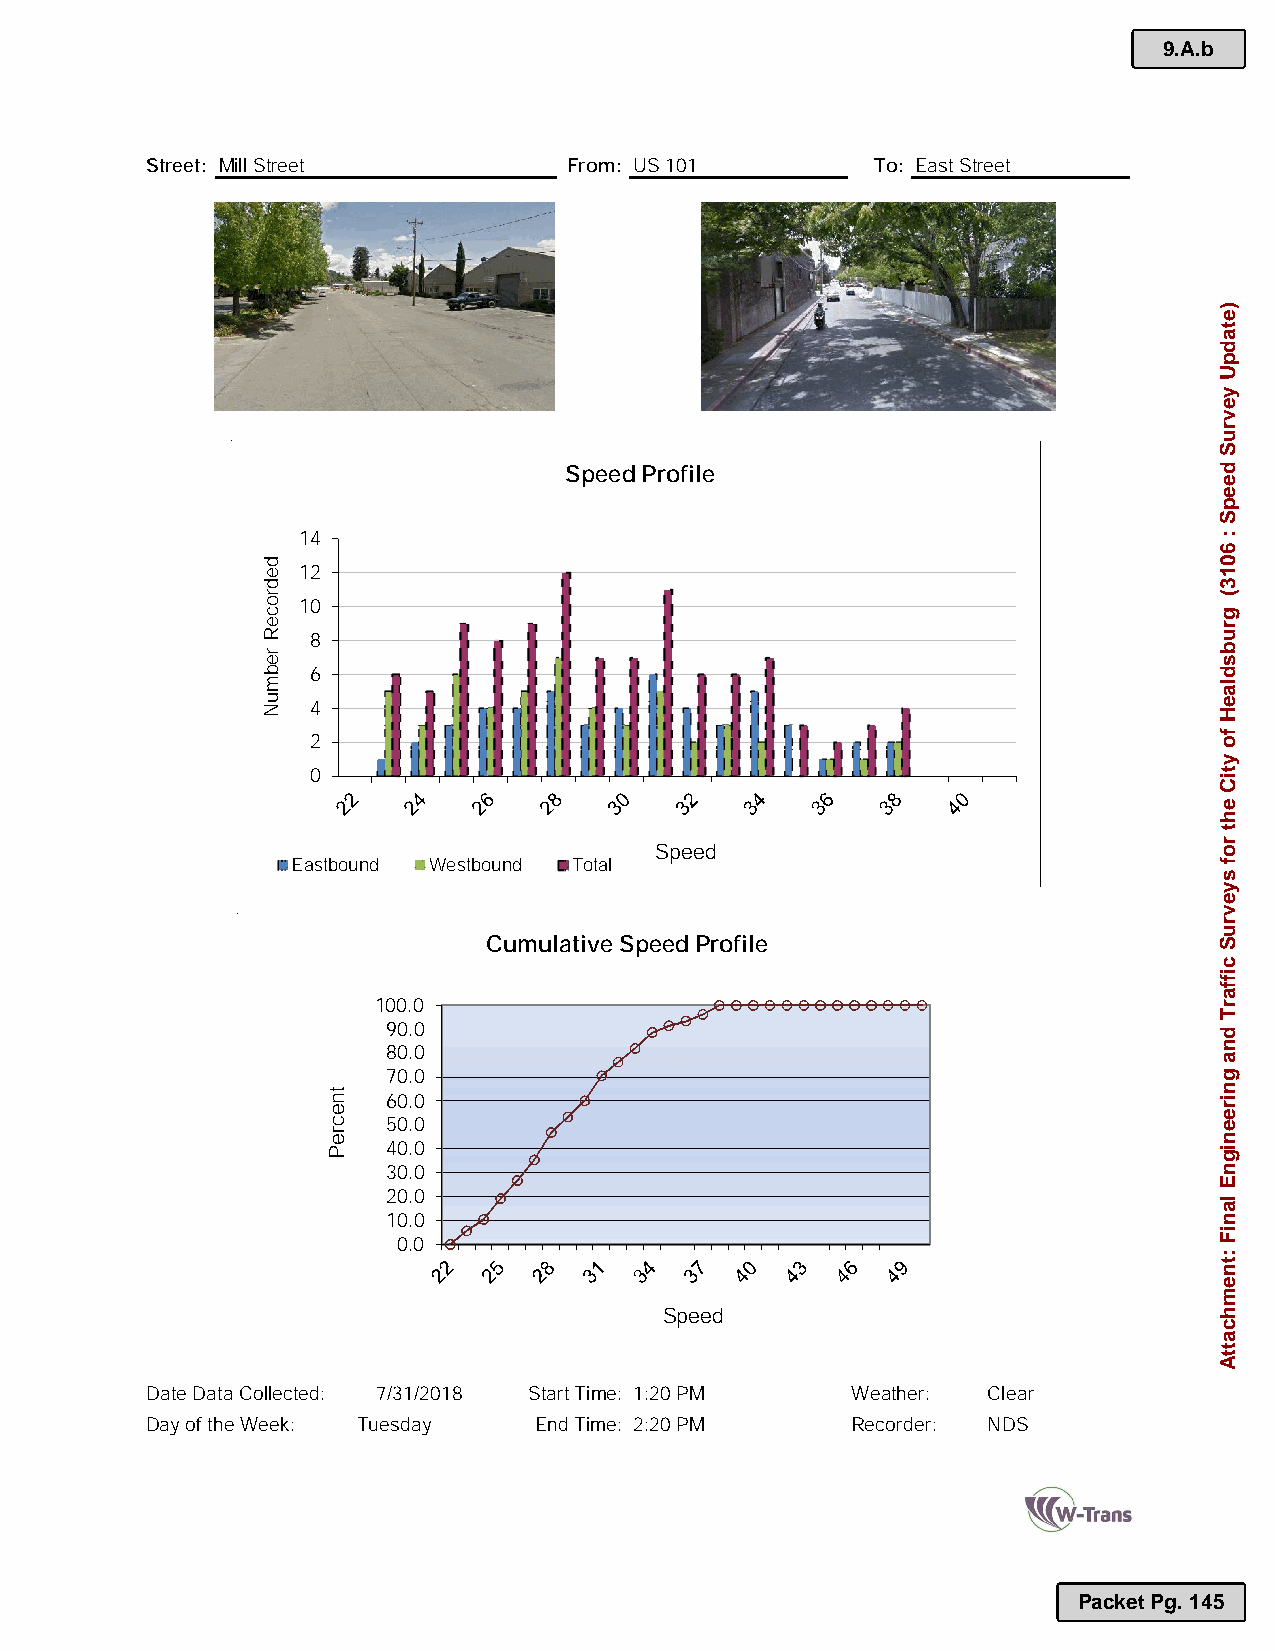
9.A.b
 Street: Mill Street         From: US 101        To: East Street
 PHOTO                            PHOTO
 Speed Profile
 14
 12
 10
 8
 6
 4
 2
 0
 Speed
 Eastbound Westbound Total
 Cumulative Speed Profile
 100.0
 90.0
 80.0
 70.0
 60.0
 50.0
 40.0
 30.0
 20.0
 10.0
 0.0
 Speed
 Date Data Collected: 7/31/2018 Start Time: 1:20 PM Weather: Clear
 Day of the Week: Tuesday End Time: 2:20 PM    Recorder: NDS
 Packet Pg. 145
 dedroceR
 rebmuN
 tnecreP
 )etadpU
 yevruS
 deepS
 :
 6013(
 grubsdlaeH
 fo
 ytiC
 eht
 rof
 syevruS
 ciffarT
 dna
 gnireenignE
 laniF
 :tnemhcattA